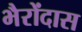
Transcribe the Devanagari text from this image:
भैरोंदास